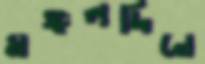
মঙ্গলদিনে